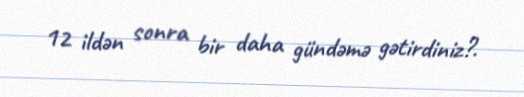
12 ildən sonra bir daha gündəmə gətirdiniz?.